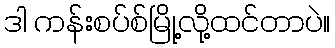
ဒါ ကန်းစပ်စ်မြို့လို့ထင်တာပဲ။